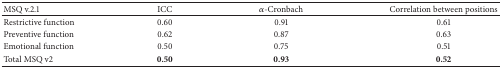
<table><thead><tr><td><b>MSQ v.2.1</b></td><td><b>ICC </b></td><td><b><i>α</i>-Cronbach</b></td><td><b>Correlation between positions</b></td></tr></thead><tbody><tr><td>Restrictive function</td><td>0.60</td><td>0.91</td><td>0.61</td></tr><tr><td>Preventive function</td><td>0.62</td><td>0.87</td><td>0.63</td></tr><tr><td>Emotional function</td><td>0.50</td><td>0.75</td><td>0.51</td></tr><tr><td>Total MSQ v2</td><td><b>0.50</b></td><td><b>0.93</b></td><td><b>0.52</b></td></tr></tbody></table>